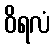
ဝိရလံ